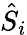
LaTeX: \hat{S}_{i}